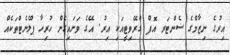
އިރުގެ ނިޒާމްގެ ސެންޓަރ އޮފް ގްރޭވިޓީއަކި އިރު. އޭގެ ވަށައިގެން ހުރިހާ ޕްލެނެޓްތަކެއް